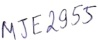
Text: MJE2955